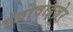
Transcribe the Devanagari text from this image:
इंप्रोवाइज़ेर